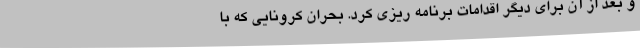
و بعد از آن برای دیگر اقدامات برنامه ریزی کرد. بحران کرونایی که با